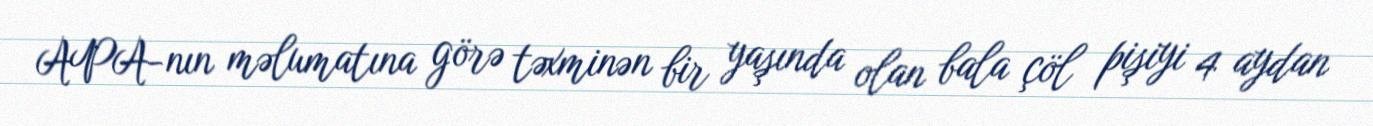
APA-nın məlumatına görə təxminən bir yaşında olan bala çöl pişiyi 4 aydan